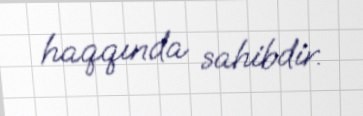
haqqında sahibdir.